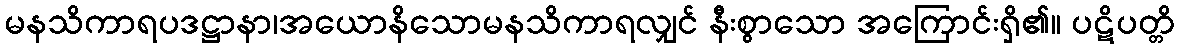
မနသိကာရပဒဋ္ဌာနာ၊အယောနိသောမနသိကာရလျှင် နီးစွာသော အကြောင်းရှိ၏။ ပဋိပတ္တိ